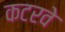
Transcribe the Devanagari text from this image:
कटरवे